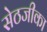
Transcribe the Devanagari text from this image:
सेठजीका